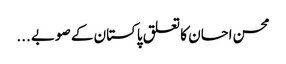
محسن احسان کا تعلق پاکستان کے صوبے ...